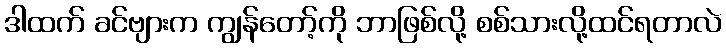
ဒါထက် ခင်ဗျားက ကျွန်တော့်ကို ဘာဖြစ်လို့ စစ်သားလို့ထင်ရတာလဲ